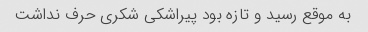
به موقع رسید و تازه بود پیراشکی شکری حرف نداشت